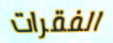
الفقرات